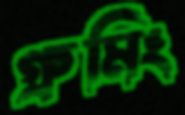
গ্রুমিং